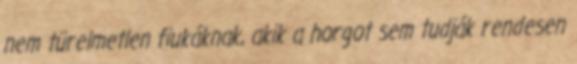
nem türelmetlen fiukáknak, akik a horgot sem tudják rendesen